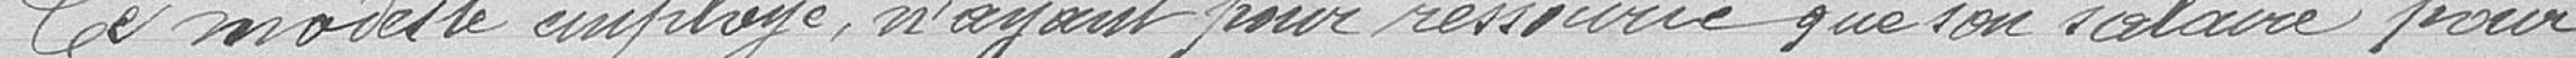
Ce modeste employé, n'ayant pour ressource que son salaire pour